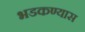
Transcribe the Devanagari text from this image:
भडकण्यास